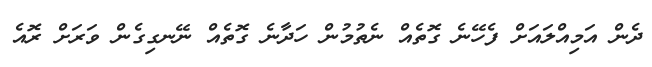
ދެން އަމިއްލައަށް ފެހޭނެ ގޮތެއް ނެތުމުން ހަދާނެ ގޮތެއް ނޭނގިގެން ވަރަށް ރޮއެ